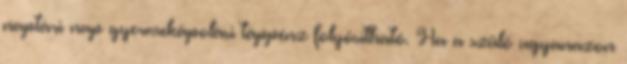
naptári nap gyermekápolási táppénz folyósítható. Ha a szülő ugyanazon